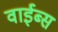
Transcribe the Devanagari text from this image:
वाईब्स